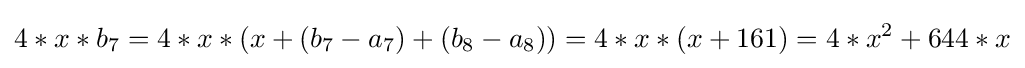
4*x*b_{7}=4*x*(x+(b_{7}-a_{7})+(b_{8}-a_{8}))=4*x*(x+161)=4*x^{2}+644*x